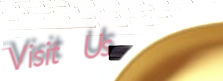
Visit Us